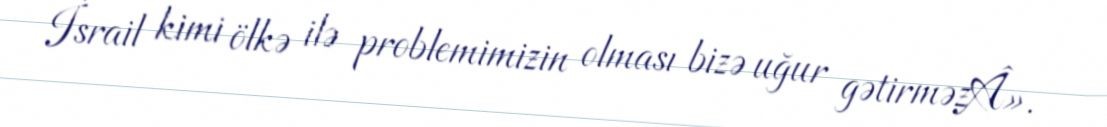
İsrail kimi ölkə ilə problemimizin olması bizə uğur gətirməzÂ».